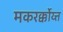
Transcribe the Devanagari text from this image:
मकरर्क्कोय्त्त